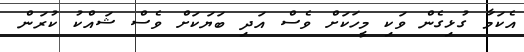
އެކަމާ ގުޅިގެން ވަކި މީހަކަށް ވެސް އަދި ބަޔަކަށް ވެސް ޝައްކު ކުރަން